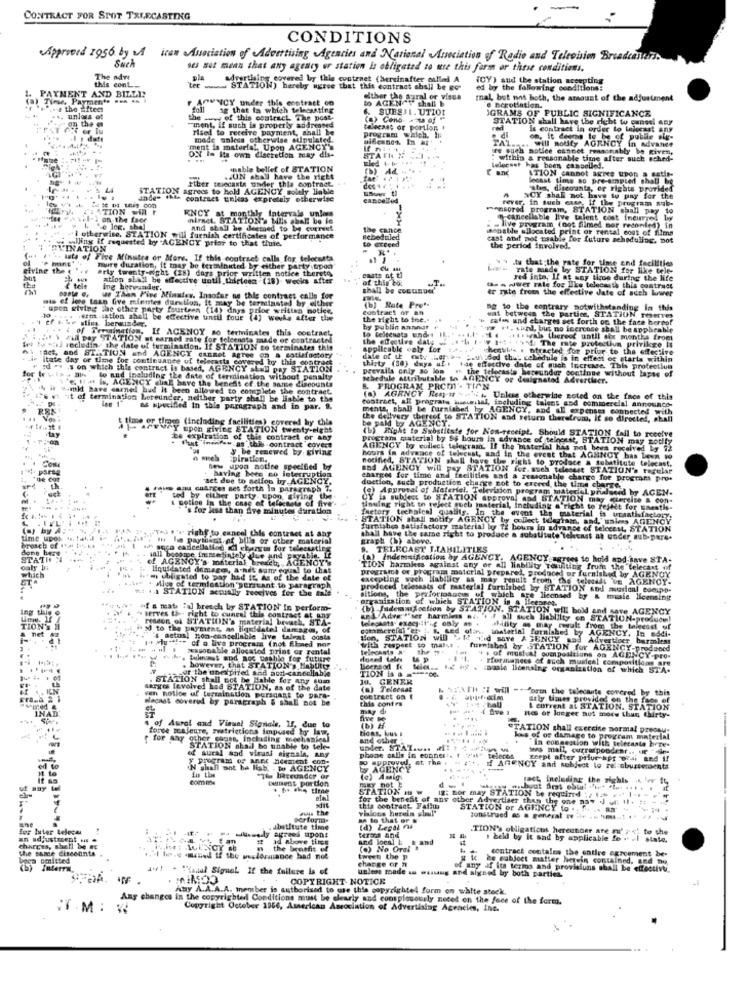
CONTRACT FOR SPOT TRIECASTING
CONDITIONS
Approved 1956 by &A iran Asociation of Advertising Agencies and National Association of Radio and Television Breadcam
Such
sus sot mean that any agency ur station is obligated to use this form or these conditions.
The adr
this cont
advertising covered by this contraet (hersinafter called A
(CY) and the station accepting
PAYMENT AND BILLIS
STATION) hereby agree that this contract shall be go-
ed by the following conditions:
Time Payments .. .
F APUNCY under this contract, co
either the aural or visua
to AGEN Y shall b
mal, but not both, the amount of the adjustment
at the fitec
ag thet ia which telecasting
SUESJI. UTIO1
e nerotiation.
GRAMS OF PUBLIC SIGNIFICANCE
unless
the www of this contract The post.
(O) Cona.
STATION shall have the right to canet. Gay
on the
-ment, if such is properly addressed
Tied to receive payment, shall be
telecast or portion +
red
is contract in order to telecast any
date
made unless otherwise sulpulated
program which. I
TAL .... will nouty AGENCY
om, it desna
( publle ele-
ment is material, Upon AGENCY'S
re ouch notice cannot reasonably be given,
OF In its own discretion may dis-
STATH N
within a reasonable time after such ached-
chable bellet of STATION
anc
teleset has been cancelled.
.UN shall have the right
ATION cannot agree upon a setlo-
lonast time so pre-empted shall be
andes FAL
STATION agrees to hold AGENCY solely liable
rtber telecasts under this contract.
Catan, discounts, or rights provided
contract Enlas expretely otherwise
cancelled
rever, in such case, if the program sub-
NCY shall not have to pay for the
ATION WIR
monsored program, STATION shall pay to
wil-) on the faor
KNCY at monthly Intervale unless
niract. STATION'S MIIs shall be in
n-cancellable live talent cost incurred by
Le log. she]
and shall be deemed to be correet
the cance
sopable silocated print or rental cost of films
- live program (not filmed mor recorded) in
. whiny if requested by ACENCY prior to that thuie.
"I otherwise, STATION will furnish certificates of performance
scheduled
o Greend
cast and not usable fo
able for future scheduling. Dot
VINATION
R
the period involved.
lata of Five Minutes or More. If this contract calls for telecasts
Ww .tu that the rate for time and facilities
Giving the
mure duration, it may be terminated by either party (tipoo"
hrly twenty eight (28) days prior written notice thereto,
rate made by STATION for like tele-
atlon shall be effective until thirteen (18) Wecks after
of this bo:
casts of ti
red inte, If at any time during the life
ing hervander.
shall be conunpo'
er rate from the effective date of auch luwer
the a -uwer rate fog Ike telecasts this contract
mis of lote taan Gve mientes durstlun, it may be terminated by either
We Than Five Minutes. Insofar as this contraes calle for
(b) Rute Proti
upon giving the other party fourteen (14) days prior written notice,
Contract of an
Bg to the contrary notwithstanding in this
:4 ff . he sling berwunder,
.irm ation shall be effective until four (4) works after the
the right to ine,
wat between the parties, STATIUN reeves
zafan und charges set forth on the face hernof
of Sersaination, If ACENOY so terminates this contract,
by put
to teltenata undrs IL
+, tal, but no icercose shall be applicable
Will Day STATION st earned rate for folcenata made of contracted
the effective daly w
... .... was thereof until she months fromt
Ity ". secludin. the date of termination. If STATION so terminates this
appilcable ealy for
.ich ty 1+4+ 1955 The mte protection privilege it
herth's . ntracted for prior to the effective
61 fact, and STATION and AGENCY cannot agree on a satisfactory
.ir itate day of time for continuance of telecasts cov
date of ie ety L.op:>= == wi dod thus schedule is in effect og starts within
" id " .s on which this contract is based, AGENCY sL=D pay STATION
cond to this contract
thirty (30) days af: Fae effective date of queh increase. This protection
prevails only so lon " the telecasts hereunder continue without lapse of
" Ha is, AGENCY hal have the benest of the same discounts
11 to and including the date of termination without penalty
Mhedule Attributable to AGENCY or designated Adverdiacr.
is w.mld have earned hud it been allowed to complete the contract.
B. PROGRAM PROM'- TION
it of termination Leteunder, neither party shall be liable to the
(a) AGENCY Resy w > ++ . Unless otherwise noted on the face of this
contract, all prograts aususual, including talent and commercial announce-
as specified in this paragraph and in par. 9.
ments, shall be furnished by AGENCY, and all expenses connected with
be paid by AGENCY.
the dellvery thereet to STATION and return therefrom, it so directed, shall
t tiane or times (including facilities) covered by chie
upon giving STATION twenty-elghe
(b) Right to Substitute for Now-receipt. Should STATION fail to receive
te expiration of this contract or any
program material by Ss hours in advance of telecast, BTATION may notlly
fat inenfew as ,this contract covers
y be renewed by giving
AGENCY by collect telegram. If the material has not been received by i2
6 miel
piration.
hours in advance of telecast, and in the event that AGENCY bas lewn to
notified, STATION shall have the right to produce a substitute telecast.
para
Com
new upon notice specified by
aad AGENCY will pay STATION for. such teleoust STATION's tegelar
set due to selfon by AGENCY.
- having bete no interruption
charges for time and facilities and a reasonable charge for programs pro.
les anu cuarces set forth in paragraph 1.
duction, such production chance not to exceed the time charge.
(e) Approval of Material. Television program matedel priseed by AGEN-
ted by either party. upon, giving the
& notice in the case of teficaste of five".
is subject to STATION approval and STATION may (tergise a con-
's for less than Are minutes duration
factory technical qualits.
tinuing right on reject quel material, Including a richt to fejlet for Enestis-
STATION stall notify AGENCY by collect tdariam, and,' uales AGENCY
the event the material is uraatisfactory.
right to cancel this contract at any
furnishes satisfactory material by Ti hours in advance of telecest, STATION
Ihs le paythets of bilia or other material
shall have the same right to produce a substitute 'telecast at under sub-pers.
graph (h) above.
" soço cancellatino id ebasis for teleesetleg
9. TELECAST LIABILITIES
sall become immediately lue and payable. If
of AGENCY's material brech ,, AGENCY'S
(a) Indemsidestion by AGENCY. AGENCY, agrees to hold and inve STA-
liquidated damages, a nit som equal to that
TION harmkees against any of all liability renting frum the telecast of
programs of programa material prepared, preincel or furnished by AGENCY
istan obligated to pay had it, as of the date of
excepting wuch Hability as may result from ' the teledds VE AGENCY-
\" . Mies of termination'peritant to paragraph
.. 1 STATION actually teocives for the #ale
produced telessats of material furubbed by STATION sod awusion! comupp-
organisation of which STATION is a licences.
sitions, the performance of which are licensed by & music licensing
"f & mata ial breech by STATION In perform-
(b) Indemniscetion by STATION. STATION will bold and save AGENCY
FISson of STATION's material bevach, STA-
serves the right to cancel this contrast at ang
TAdve "ser harmless ... '. f. all such liablilty on STATION-produce!
ad to the payment, as liguidet
guidatel damage, of
. sed ofan
.thaterial furnished by AGENCY. In sodi-
aldlity as may result from the talecost of
$ actual non-cancellable live taleat costs
Hon, STATION will >t! vid save AGENCY and Advertiser barmless
gal -- of o live program (not fined nor
reasonable allocated print or rental
with respect to maise.
the .
fumtabel by STATION for AGENCY-prodened
Buenast mod nos pathie for future
4 . of must Al oompositions on AGENCY-pro-
. Formances of such musical composition are
for the unexpired and aod-cancellabie
however, that STATION's Habutty
Beensod 14
TION is &
1.2 +y . paale licensing organization of which ST'A.
. STATION shall ect be Hable for any quin
Je. GENER
sarges fevolved had STATION, as of the date
(a) Telecsak
"+PATH "I will =+form the talecaute covered by this
ven notice of terraination pursuant to para-
Hlacast covered by paragraph & shall not be
costreet om t
this contra
arly times provided on the face of
& current aL STATION. STATION
nes of longer aut mory thun thirty-
1 of Aural and Visuel Signale. If, due to
force majeure, restrictions impused by law.
(b) H
tions, bus #
..........
STATION shall exercise normal precau-
for say other cause, including mechanies)
and other
kus of of damage to program material
in congestion with seletaste bere-
of sural sad virusi signale, any
STATION shail be unable to
under. STAT.uns in
phone calls in connest. t "'""
wws mall, currarponder .. ue -
y program of anet neement con-
approved, at The .
teept after prfur spr Deai and !!
N shall not be lish . Do AGENCY
Y AGENCY
i AGENCY and subject to re obusseroents
-
comme
-The lateunder or
bument portion
(e) Amalg
fact, Including the rights . '+ 15
STATION MB W
for the bellent of any other Advertiser then the one nav'J vi. Il. E
ig: Bor may STATION be requind :/ 1 .|- -
Sws the
this contract. Faflun
STATION or AGENCY to .
perform-
aA lo that er &
construed as a general ne -te ... ..... . .
for later teleca
ubstitute time
terms and
(d) Legal na
.TION'S obligations hereunder are mu' ; < i to the
spons
,t and
i beld by it sad by applicable te
charces, shall be ac
the same discounts
boca omnitted
tweet the P
charge of 7
ze wabject matter herein contained, and no,
contract contales the entire agreement be-
av! - "lanul Sigual If the failure la of
unless made - w.
wug and signed by both parties.
of any of its terms and provisiuns shall be effective
COPYRIGHT. NOTICE
Any A.A.A.A. member is authorised to use this copyrightel form on white stock.
Any changes in the copyrighted Conditions must be clearly and conspicuously noted on the face of the form.
Copyright October 1956, American Association of Advertising Agencies, Inc.